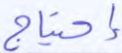
إحتياج